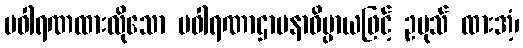
ပဝါရဏထားလိုသော ပဝါရဏာဌာပနာဓိပ္ပာယဖြင့် ဥပုသ် ထားအံ့၊